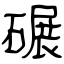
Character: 碾